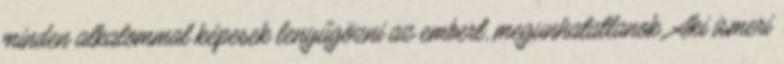
minden alkalommal képesek lenyűgözni az embert, megunhatatlanok. Aki ismeri